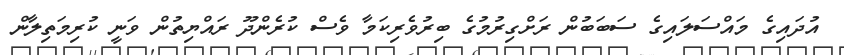
އުދައިގެ މައްސަލައިގެ ސަބަބުން ރަށްގިރުމުގެ ބިރުވެރިކަމާ ވެސް ކުރެންދޫ ރައްޔިތުން ވަނީ ކުރިމަތިލާން